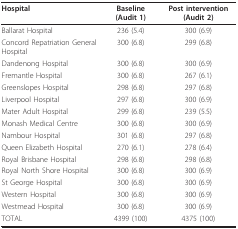
| Hospital | Baseline (Audit 1) | Post intervention (Audit 2) |
 | --- | --- | --- |
 | Ballarat Hospital | 236 (5.4) | 300 (6.9) |
 | Concord Repatriation General Hospital | 300 (6.8) | 299 (6.8) |
 | Dandenong Hospital | 300 (6.8) | 300 (6.9) |
 | Fremantle Hospital | 300 (6.8) | 267 (6.1) |
 | Greenslopes Hospital | 298 (6.8) | 297 (6.8) |
 | Liverpool Hospital | 297 (6.8) | 300 (6.9) |
 | Mater Adult Hospital | 299 (6.8) | 239 (5.5) |
 | Monash Medical Centre | 300 (6.8) | 300 (6.9) |
 | Nambour Hospital | 301 (6.8) | 297 (6.8) |
 | Queen Elizabeth Hospital | 270 (6.1) | 278 (6.4) |
 | Royal Brisbane Hospital | 298 (6.8) | 298 (6.8) |
 | Royal North Shore Hospital | 300 (6.8) | 300 (6.9) |
 | St George Hospital | 300 (6.8) | 300 (6.9) |
 | Western Hospital | 300 (6.8) | 300 (6.9) |
 | Westmead Hospital | 300 (6.8) | 300 (6.9) |
 | TOTAL | 4399 (100) | 4375 (100) |